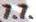
7.7.